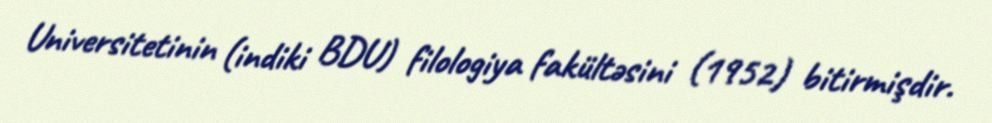
Universitetinin (indiki BDU) filologiya fakültəsini (1952) bitirmişdir.